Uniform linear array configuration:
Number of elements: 16
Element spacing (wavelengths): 0.25
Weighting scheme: cosine
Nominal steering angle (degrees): -45
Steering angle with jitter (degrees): -45.622
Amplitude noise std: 0.05
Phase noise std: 0.05

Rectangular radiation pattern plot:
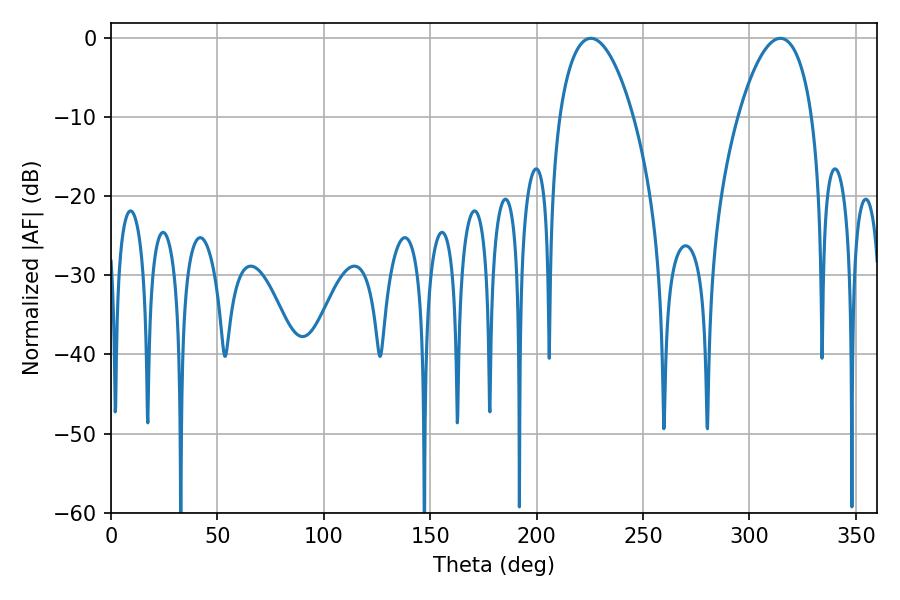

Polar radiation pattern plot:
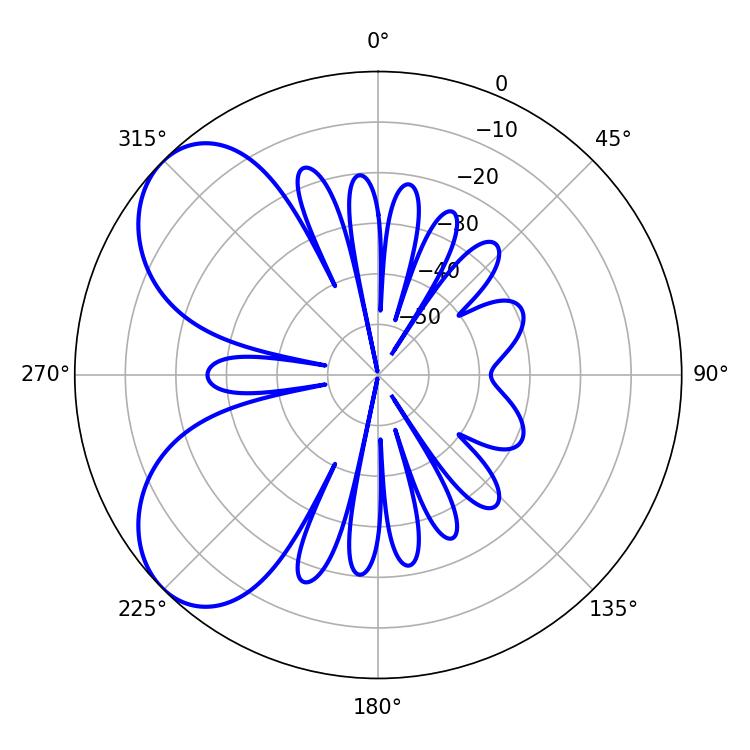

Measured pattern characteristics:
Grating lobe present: FALSE
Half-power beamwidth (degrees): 19.44
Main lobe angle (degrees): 225.54